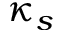
\kappa _ { s }